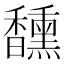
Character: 𮩯